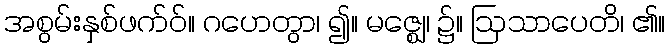
အစွမ်းနှစ်ဖက်ဝ်။ ဂဟေတွာ၊ ၍။ မဇ္ဈေ၊ ၌။ ဩသာပေတိ၊ ၏။